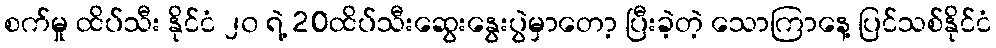
စက်မှု ထိပ်သီး နိုင်ငံ ၂၀ ရဲ့ 20ထိပ်သီးဆွေးနွေးပွဲမှာတော့ ပြီးခဲ့တဲ့ သောကြာနေ့ ပြင်သစ်နိုင်ငံ